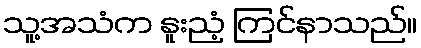
သူ့အသံက နူးညံ့ ကြင်နာသည်။